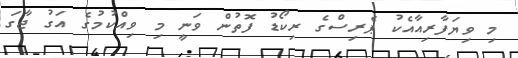
މި ވިޔަފާރިއާއެކު ޕެރިސްގެ ރިކޯޑު ފޮތުން ވަނީ މި ވިއްކުމުގެ އަގު ޖާގަ